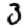
Digit: 3